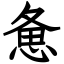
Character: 惫